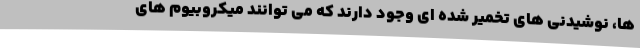
ها، نوشیدنی های تخمیر شده ای وجود دارند که می توانند میکروبیوم های